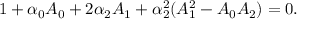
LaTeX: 1 + \alpha _ { 0 } A _ { 0 } + 2 \alpha _ { 2 } A _ { 1 } + \alpha _ { 2 } ^ { 2 } ( A _ { 1 } ^ { 2 } - A _ { 0 } A _ { 2 } ) = 0 .